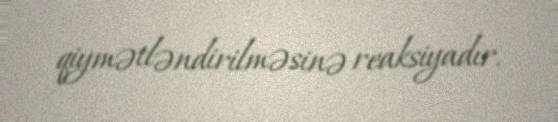
qiymətləndirilməsinə reaksiyadır.